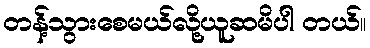
တန့်သွားစေမယ်လို့ယူဆမိပါ တယ်။